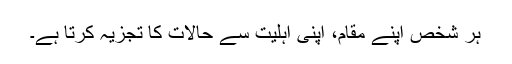
ہر شخص اپنے مقام، اپنی اہلیت سے حالات کا تجزیہ کرتا ہے۔